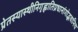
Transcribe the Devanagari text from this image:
प्रेतस्यास्थीनिगृह्णातिप्रधानांगोद्भवानिच